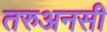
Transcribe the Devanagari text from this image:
तरुअनसी